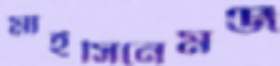
মাইসিনেমঞ্জ